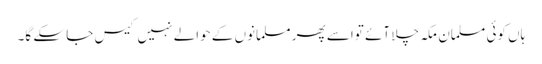
ہاں کوئی مسلمان مکہ چلا آئے تواسے پھر مسلمانوں کے حوالے نہیں کیس جا سکے گا۔